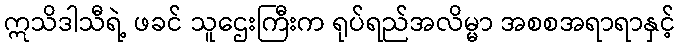
ဣသိဒါသီရဲ့ ဖခင် သူဌေးကြီးက ရုပ်ရည်အလိမ္မာ အစစအရာရာနှင့်